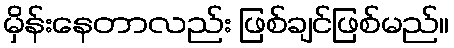
မှိန်းနေတာလည်း ဖြစ်ချင်ဖြစ်မည်။